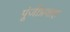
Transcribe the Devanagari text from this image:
पूंजीप्रवाह